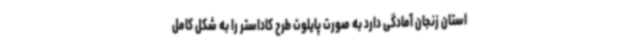
استان زنجان آمادگی دارد به ‌صورت پایلوت طرح کاداستر را به شکل کامل